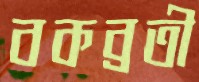
বকব্রতী